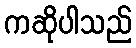
ကဆိုပါသည်